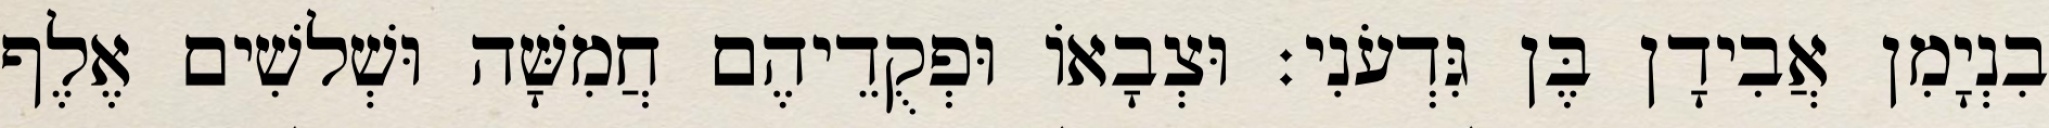
בִנְיָמִן אֲבִידָן בֶּן גִּדְעֹנִי׃ וּצְבָאוֹ וּפְקֻדֵיהֶם חֲמִשָּׁה וּשְׁלשִׁים אֶלֶף